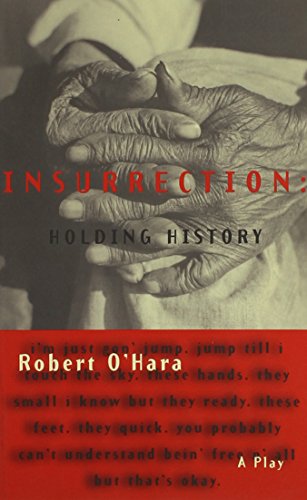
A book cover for Insurrection: Holding History; Robert O?Hara; Literature & Fiction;